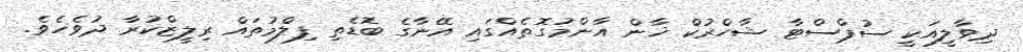
ދިވާލީއަކީ ސުޕްސްޓާ ޝާހްރުކް ޚާން އާންމުގޮތެއްގައި އޭނާގެ ބޮޑެތި ފިލްމުތައް ރިލީޒްކުރާ ދުވެހެވެ.